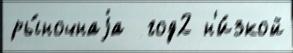
ры́ночнаjа  год2 н'и́зкой